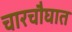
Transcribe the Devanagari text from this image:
चारचौघात